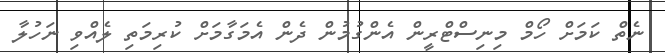
ނެތް ކަމަށް ހޯމް މިނިސްޓްރީން އެންގުމުން ދެން އެމަގާމަށް ކުރިމަތި ލެއްވި ނަހުލާ